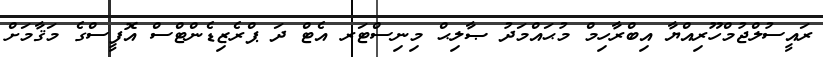
ރައީސުލްޖުމްހޫރިއްޔާ އިބްރާހިމް މުޙައްމަދު ޞާލިޙް މިނިސްޓަރ އެޓް ދަ ޕްރެޒިޑެންޓްސް އޮފީސްގެ މަޤާމަށް